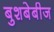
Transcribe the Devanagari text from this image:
बुशबेबीज